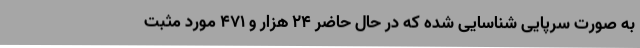
به صورت سرپایی شناسایی شده که در حال حاضر 24 هزار و 471 مورد مثبت